Lunatic asylums Punjab 1868-1880 - 1868-1880
Year: 1868
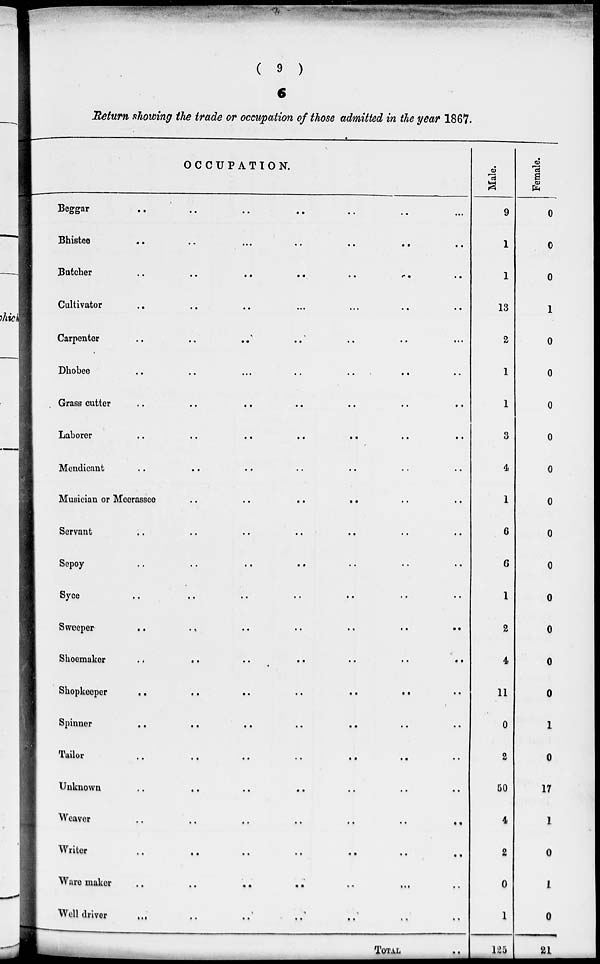
( 9 )
6
Return showing the trade or occupation of those admitted in the year 1867.
OCCUPATIO N.
Beggar .. .. .. .. .. .. ...
Bhistee .. .. .. .. .. .. ..
Butcher
..
..
..
..
..
..
Cultivator .. .. .. .. .. ..
Carpenter
..
..
..
..
..
..
...
Dhobee
..
..
...
..
..
..
Grass cutter
..
..
..
..
..
..
..
Laborer
..
..
..
..
..
..
..
Mendicant .. .. .. .. .. .. ..
Musician or Meerassee
..
..
..
..
Servant
..
..
..
..
..
Sepoy
..
..
..
..
..
..
..
Syce
..
..
..
..
..
Sweeper
..
..
..
..
..
..
..
Shoemaker
..
..
..
..
..
..
..
Shopkeeper
..
..
..
.. .. ..
Spinner
..
..
..
..
..
Tailor
..
..
..
..
..
..
Unknown
..
..
..
..
Weaver
..
.,
..
..
..
..
..
Writer
..
..
..
.. .. .. ..
Ware maker .. .. .. .. .. .. ..
Well driver .. .. .. .. .. .. ..
TOTAL
..
Male.
9
1
1
13
2
1
1
3
4
1
6
6
1
2
4
11
0
2
50
4
2
0
1
125
Female.
0
0
0
1
0
0
0
0
0
0
0
0
0
0
0
0
1
0
17
1
0
1
0
21